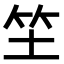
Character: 𥫦